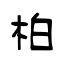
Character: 柏